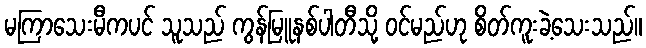
မကြာသေးမီကပင် သူသည် ကွန်မြူနစ်ပါတီသို့ ဝင်မည်ဟု စိတ်ကူးခဲ့သေးသည်။